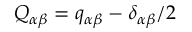
Q _ { \alpha \beta } = q _ { \alpha \beta } - \delta _ { \alpha \beta } / 2